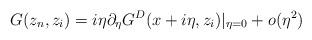
LaTeX: \begin{align*}G(z_n, z_i)= i\eta\partial_{\eta}G^D(x+i\eta,z_i)|_{\eta=0}+o(\eta^2)\end{align*}